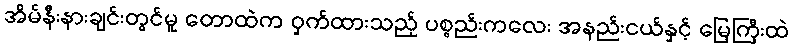
အိမ်နီးနားချင်းတွင်မူ တောထဲက ဝှက်ထားသည့် ပစ္စည်းကလေး အနည်းငယ်နှင့် မြေကြီးထဲ